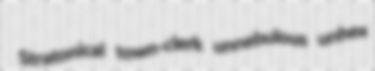
Stratonical town-clerk unnebulous unhex